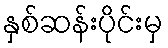
နှစ်ဆန်းပိုင်းမှ